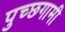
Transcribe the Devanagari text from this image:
पुच्छगामी